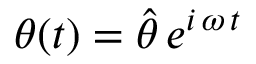
\theta ( t ) = \hat { \theta } \, e ^ { i \, \omega \, t }